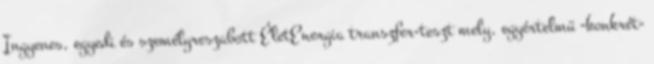
Ingyenes, egyedi és személyreszabott ÉletEnergia transzfer-teszt mely, egyértelmü -konkrét-